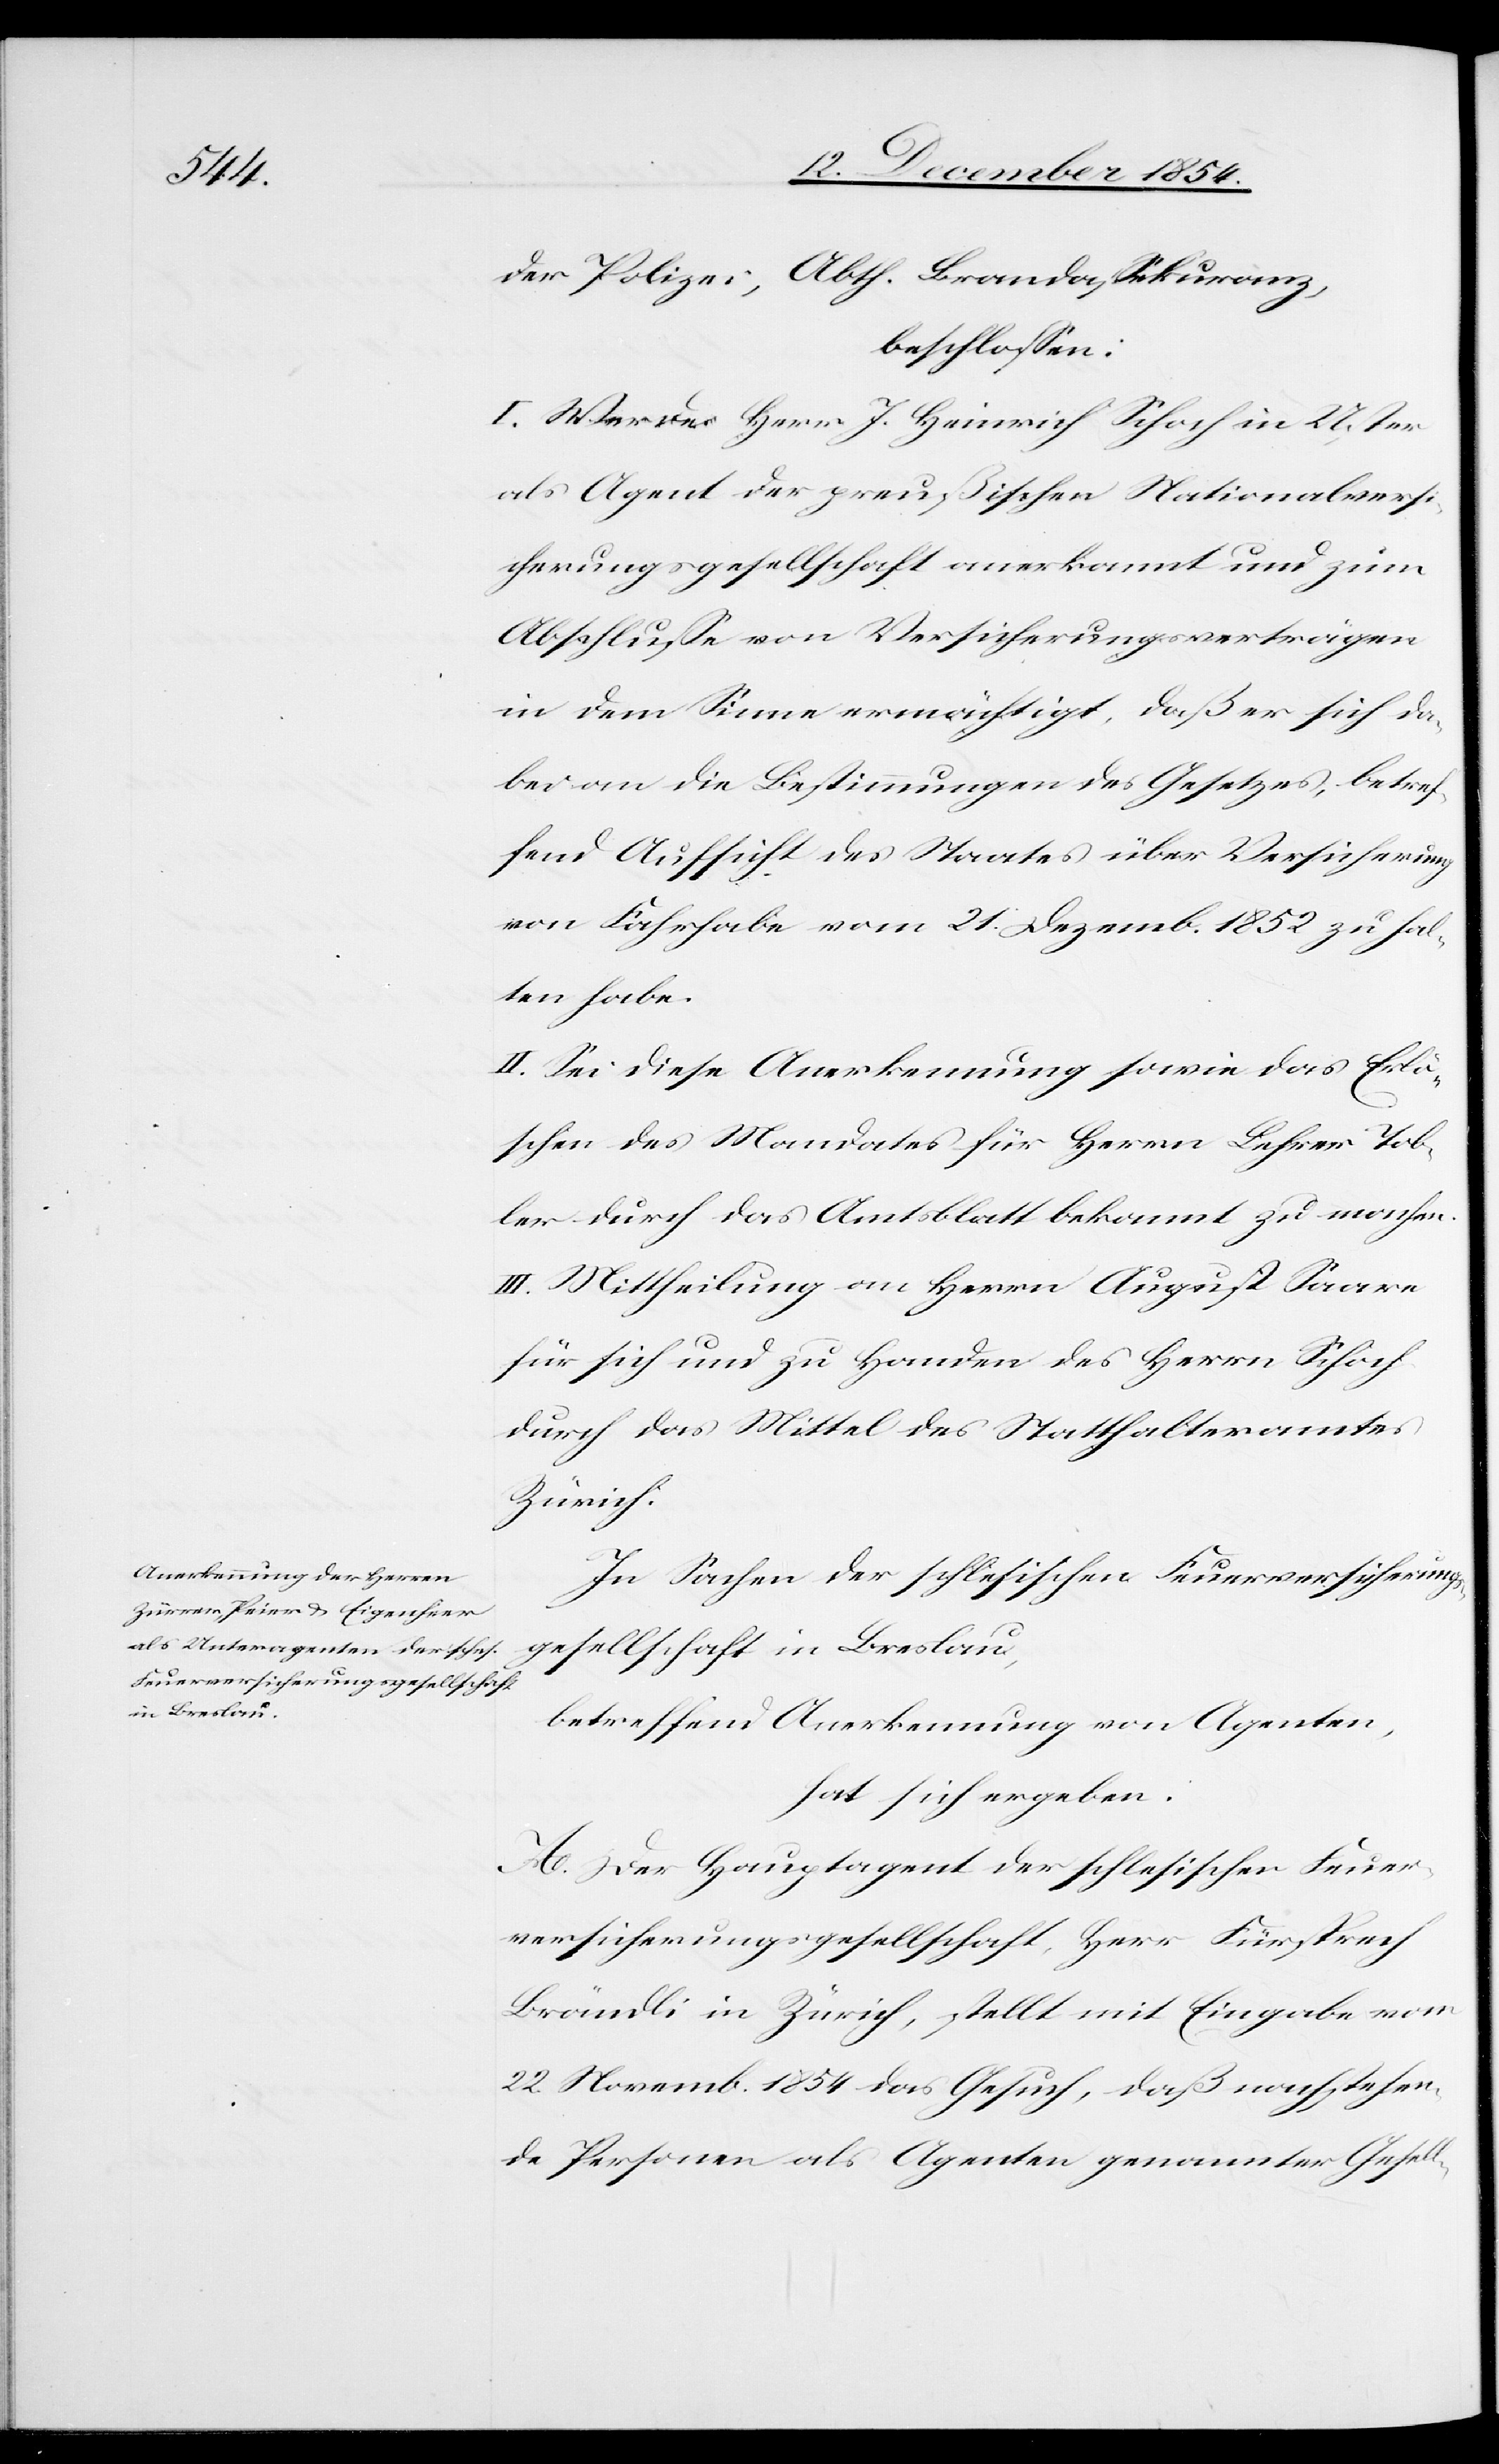
der Polizei, Abth. Brandaßekuranz,
beschloßen:
I. Werde Herr J. Heinrich Schoch in Uster
als Agent der preußischen Nationalversi¬
cherungsgesellschaft anerkannt und zum
Abschluße von Versicherungsverträgen
in dem Sinne ermächtigt, daß er sich da¬
bei an die Bestimmungen des Gesetzes, betref¬
fend Aufsicht des Staates über Versicherung
von Fahrhabe vom 21. Dezemb. 1852 zu hal¬
ten habe.
II. Sei diese Anerkennung sowie das Erlö¬
schen des Mandates für Herrn Lehrer Tob¬
ler durch das Amtsblatt bekannt zu machen.
III. Mittheilung an Herrn August Saare
für sich und zu Handen des Herrn Schoch
durch das Mittel des Statthalteramtes
Zürich.
In Sachen der schlesischen Feuerversicherungs¬
gesellschaft in Breslau,
betreffend Anerkennung von Agenten,
hat sich ergeben:
A. Der Hauptagent der schlesischen Feuer¬
versicherungsgesellschaft, Herr Fürsprech
Brändli in Zürich, stellt mit Eingabe vom
22. Novemb. 1854 das Gesuch, daß nachstehen¬
de Personen als Agenten genannter Gesell-